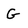
Character: G